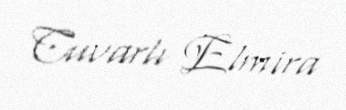
Cuvarlı Elmira